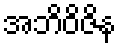
အဘိဝိဇိန